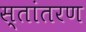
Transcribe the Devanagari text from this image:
स्तांतरण